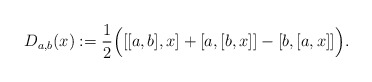
\begin{align*} D_{a,b}(x) := \frac{1}{2} \Big( [[a,b],x] + [a,[b,x]]-[b,[a,x]] \Big).\end{align*}